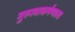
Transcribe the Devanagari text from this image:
गुरुत्वाकर्षणाला